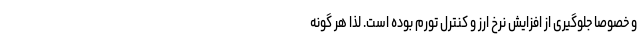
و خصوصا جلوگیری از افزایش نرخ ارز و کنترل تورم بوده است. لذا هر گونه